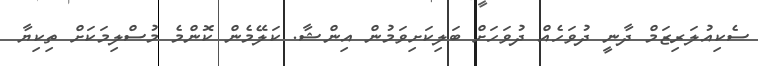
ސެކިއުލަރިޒަމް ދާނީ ދުވަހެއް ދުވަހަށް ބަލިކަށިވަމުން އިންޝާ. ކަލޭމެން ކޮންމެ މުސްލިމަކަށް ތިކިޔާ